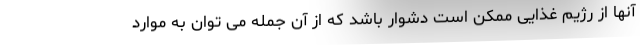
آنها از رژیم غذایی ممکن است دشوار باشد که از آن جمله می توان به موارد